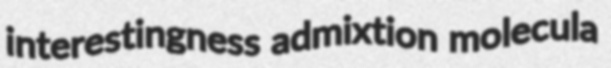
interestingness admixtion molecula